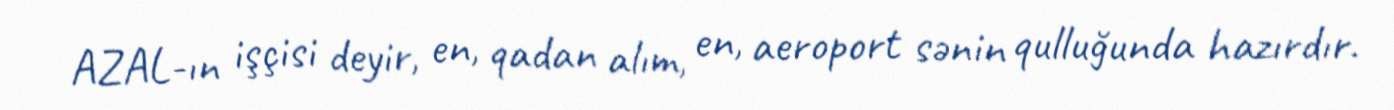
AZAL-ın işçisi deyir, en, qadan alım, en, aeroport sənin qulluğunda hazırdır.